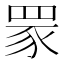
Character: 𦊽